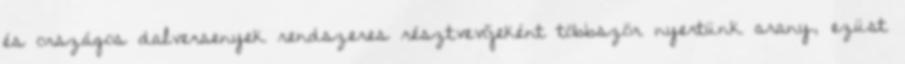
és országos dalversenyek rendszeres résztvevőjeként többször nyertünk arany, ezüst